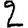
Digit: 2